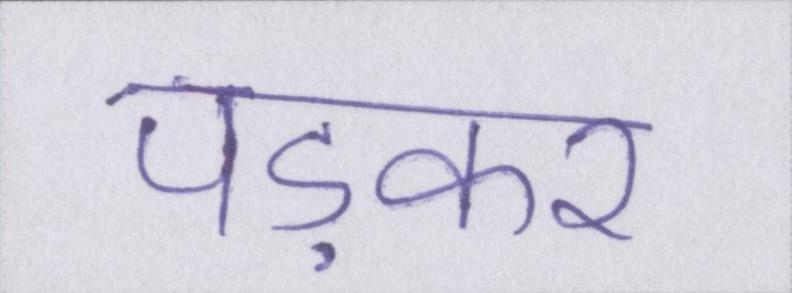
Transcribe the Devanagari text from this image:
पड़कर